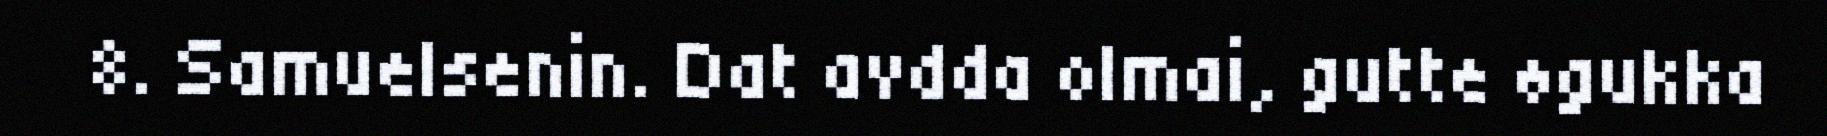
8. Samuelsenin. Dat avdda olmai, gutte øgukka